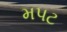
મપટ